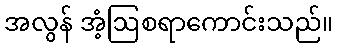
အလွန် အံ့ဩစရာကောင်းသည်။